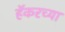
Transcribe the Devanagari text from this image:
हॅकरच्या